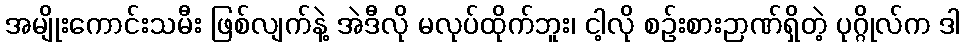
အမျိုးကောင်းသမီး ဖြစ်လျက်နဲ့ အဲဒီလို မလုပ်ထိုက်ဘူး၊ ငါ့လို စဉ်းစားဉာဏ်ရှိတဲ့ ပုဂ္ဂိုလ်က ဒါ